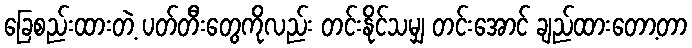
ခြေစည်းထားတဲ့ ပတ်တီးတွေကိုလည်း တင်းနိုင်သမျှ တင်းအောင် ချည်ထားတော့တာ